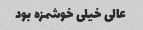
عالی خیلی خوشمزه بود